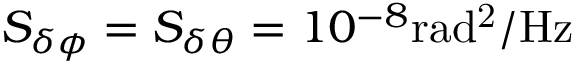
S _ { \delta \phi } = S _ { \delta \theta } = 1 0 ^ { - 8 } \mathrm { r a d ^ { 2 } / H z }